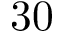
3 0